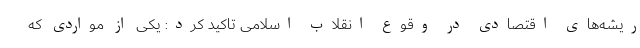
ریشه‌های اقتصادی در وقوع انقلاب اسلامی تاکید کرد: یکی از مواردی که